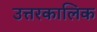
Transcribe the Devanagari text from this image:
उत्तरकालिक